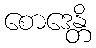
စောဒေန္တိ